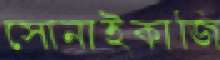
সোনাইকাজি